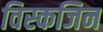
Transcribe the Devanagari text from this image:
विस्कजिन